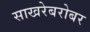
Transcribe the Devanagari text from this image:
साखरेबरोबर